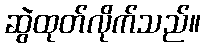
ဆွဲထုတ်လိုက်သည်။